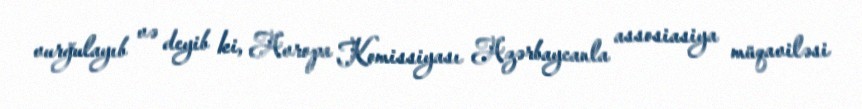
vurğulayıb və deyib ki, Avropa Komissiyası Azərbaycanla assosiasiya müqaviləsi